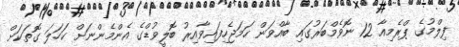
ފިލްމުގެ ޕްރެމިއާ 12 ނޮވެމްބަރުގައި ބާއްވަން ހަމަޖެހިފައިވާއިރު ބޮލީވުޑްގެ އެންމެންނަށް ކަހަލަ ގޮތަކަށް